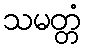
သမတ္တံ